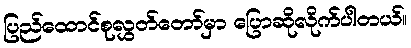
ပြည်ထောင်စုလွှတ်တော်မှာ ပြောဆိုလိုက်ပါတယ်။